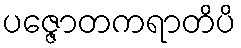
ပဇ္ဇောတကရာတိပိ